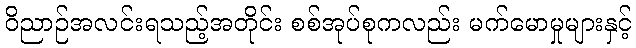
ဝိညာဉ်အလင်းရသည့်အတိုင်း စစ်အုပ်စုကလည်း မက်မောမှုများနှင့်